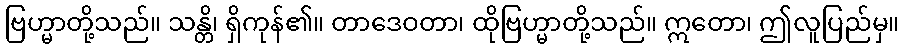
ဗြဟ္မာတို့သည်။ သန္တိ၊ ရှိကုန်၏။ တာဒေဝတာ၊ ထိုဗြဟ္မာတို့သည်။ ဣတော၊ ဤလူပြည်မှ။